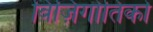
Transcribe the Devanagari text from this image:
विज़िगोतिको